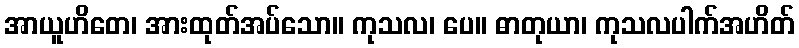
အာယူဟိတေ၊ အားထုတ်အပ်သော။ ကုသလ၊ ပေ။ ဓာတုယာ၊ ကုသလပါက်အဟိတ်